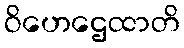
ဝိဟေဌေထာတိ